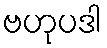
ဗဟုပဒါ